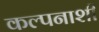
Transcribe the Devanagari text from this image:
कल्पनाशी